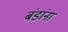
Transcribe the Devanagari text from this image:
बंडांना